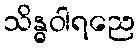
သိန္ဓဝါရညေ